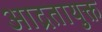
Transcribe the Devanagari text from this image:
आद्रतायुक्त